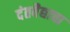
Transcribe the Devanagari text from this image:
दंतवैद्याचा